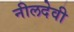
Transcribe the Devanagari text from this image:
नीलदेवी